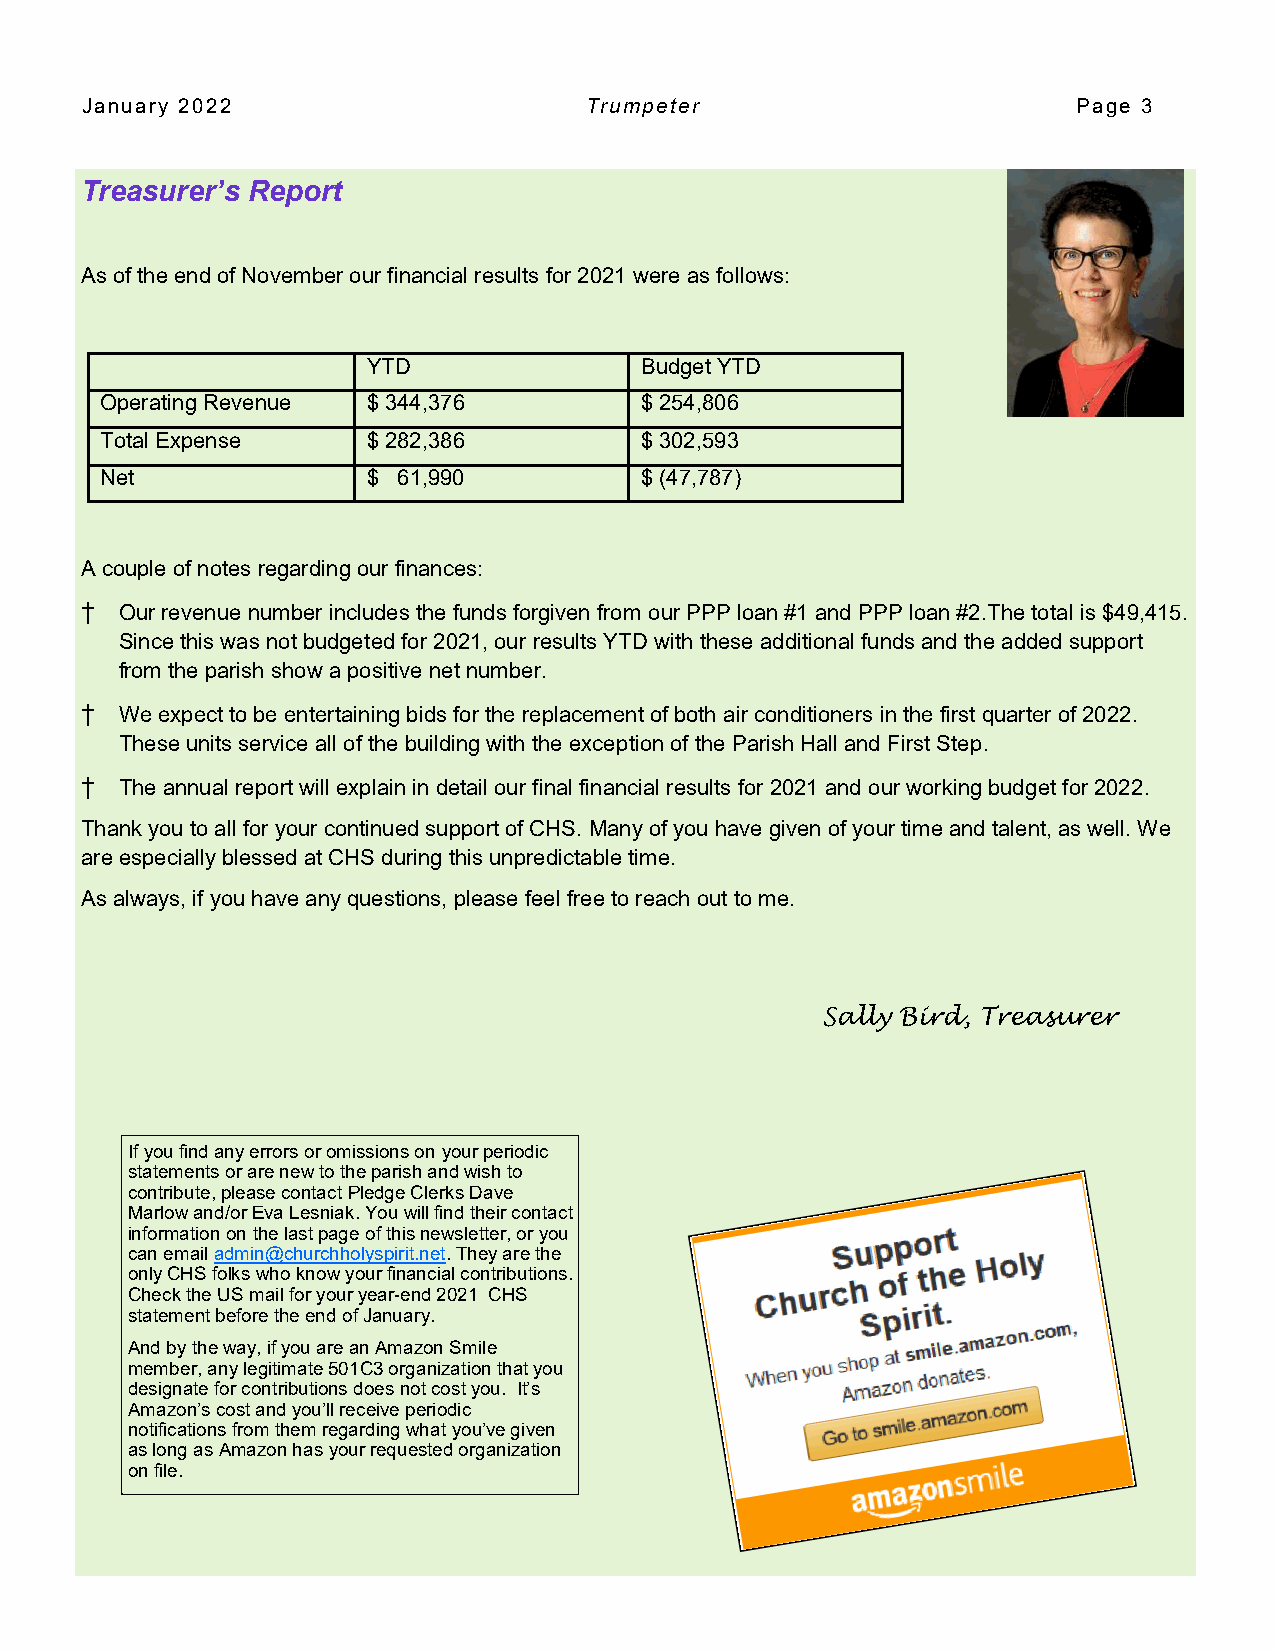
January 2022                      Trumpeter                       Page 3
 Treasurer’s Report
 As of the end of November our financial results for 2021 were as follows:
 YTD               Budget YTD
 Operating Revenue $ 344,376        $ 254,806
 Total Expense    $ 282,386         $ 302,593
 Net              $ 61,990          $ (47,787)
 A couple of notes regarding our finances:
 †  Our revenue number includes the funds forgiven from our PPP loan #1 and PPP loan #2.The total is $49,415.
 Since this was not budgeted for 2021, our results YTD with these additional funds and the added support
 from the parish show a positive net number.
 †  We expect to be entertaining bids for the replacement of both air conditioners in the first quarter of 2022.
 These units service all of the building with the exception of the Parish Hall and First Step.
 †  The annual report will explain in detail our final financial results for 2021 and our working budget for 2022.
 Thank you to all for your continued support of CHS. Many of you have given of your time and talent, as well. We
 are especially blessed at CHS during this unpredictable time.
 As always, if you have any questions, please feel free to reach out to me.
 Sally Bird, Treasurer
 If you find any errors or omissions on your periodic
 statements or are new to the parish and wish to
 contribute, please contact Pledge Clerks Dave
 Marlow and/or Eva Lesniak. You will find their contact
 information on the last page of this newsletter, or you
 can email admin@churchholyspirit.net. They are the
 only CHS folks who know your financial contributions.
 Check the US mail for your year-end 2021 CHS
 statement before the end of January.
 And by the way, if you are an Amazon Smile
 member, any legitimate 501C3 organization that you
 designate for contributions does not cost you. It’s
 Amazon’s cost and you’ll receive periodic
 notifications from them regarding what you’ve given
 as long as Amazon has your requested organization
 on file.